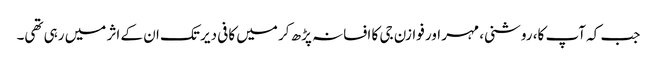
جب کہ آپ کا، روشنی، مہر اور فوازن جی کا افسانہ پڑھ کر میں کافی دیر تک ان کے اثر میں رہی تھی۔